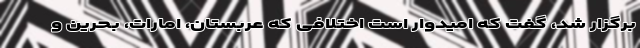
برگزار شد، گفت که امیدوار است اختلافی که عربستان، امارات، بحرین و